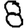
Digit: 8